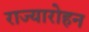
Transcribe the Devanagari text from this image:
राज्यारोहन